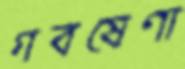
গবষেণা